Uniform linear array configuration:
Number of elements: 16
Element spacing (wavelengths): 1
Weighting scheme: kaiser
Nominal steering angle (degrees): -45
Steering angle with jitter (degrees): -43.185
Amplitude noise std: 0.05
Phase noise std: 0.05

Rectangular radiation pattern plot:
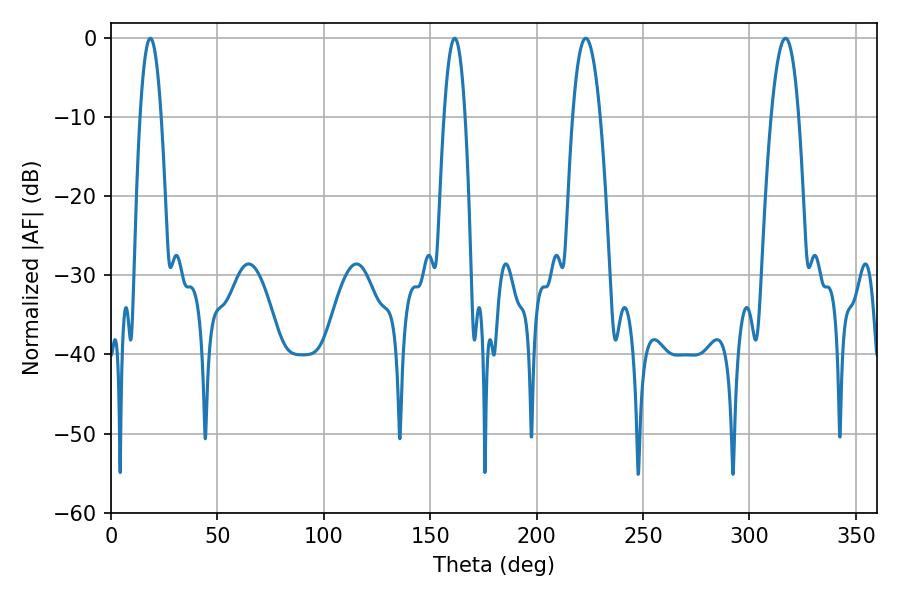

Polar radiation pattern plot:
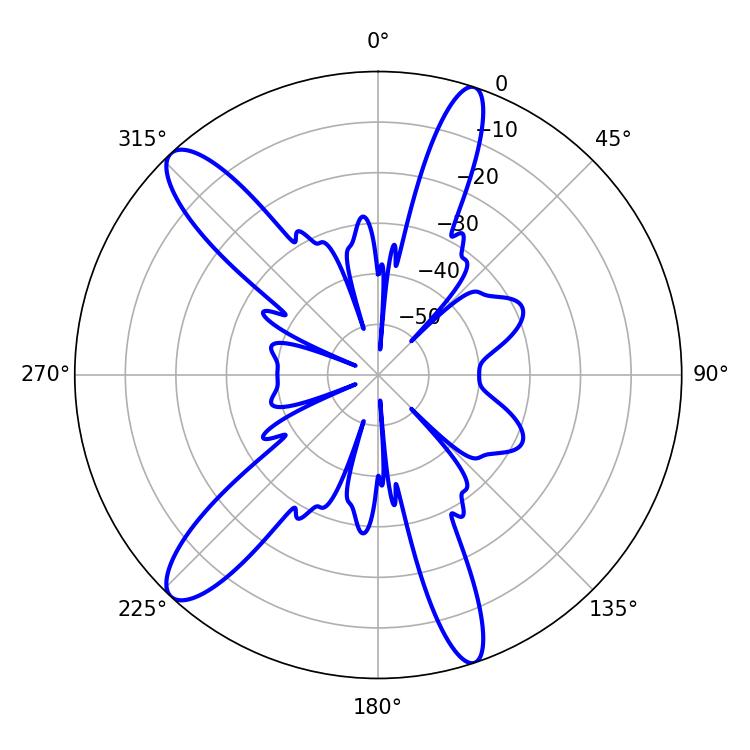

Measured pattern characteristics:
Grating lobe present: TRUE
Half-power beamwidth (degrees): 7.2
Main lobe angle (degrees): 223.02